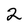
Character: 2